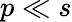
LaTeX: p\ll s